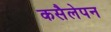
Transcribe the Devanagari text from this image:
कसैलेपन